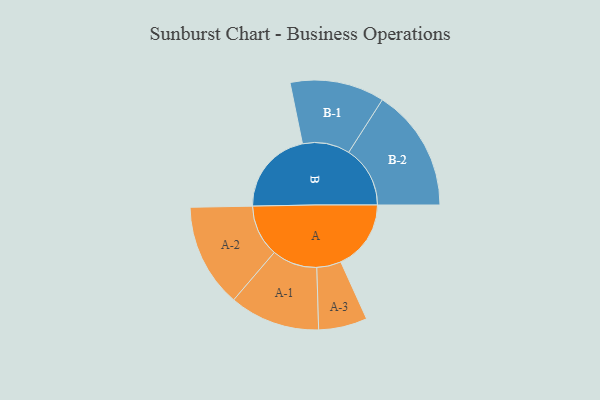
{"axis": {"x": "Segment", "y": "Value"}, "legend": ["", "A", "B"], "data": [{"x": "A", "y": 312, "type": ""}, {"x": "B", "y": 378, "type": ""}, {"x": "A-1", "y": 201, "type": "A"}, {"x": "A-2", "y": 230, "type": "A"}, {"x": "A-3", "y": 108, "type": "A"}, {"x": "B-1", "y": 210, "type": "B"}, {"x": "B-2", "y": 273, "type": "B"}]}